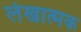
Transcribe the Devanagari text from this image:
लेखात्मक